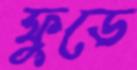
ফুডে